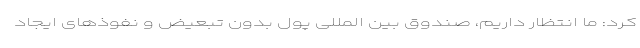
کرد: ما انتظار داریم، صندوق بین المللی پول بدون تبعیض و نفوذ‌های ایجاد